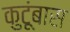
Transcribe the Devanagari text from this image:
कुटूंबास